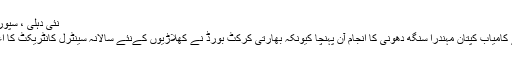
نئی دہلی ، سپورٹس ڈیسک
بهارت کے کامیاب کپتان مہندرا سنگھ دهونی کا انجام آن پہنچا کیونکہ بھارتی کرکٹ بورڈ نے کھلاڑیوں کےنئے سالانہ سینٹرل کانٹریکٹ کا اعلان کردیا۔